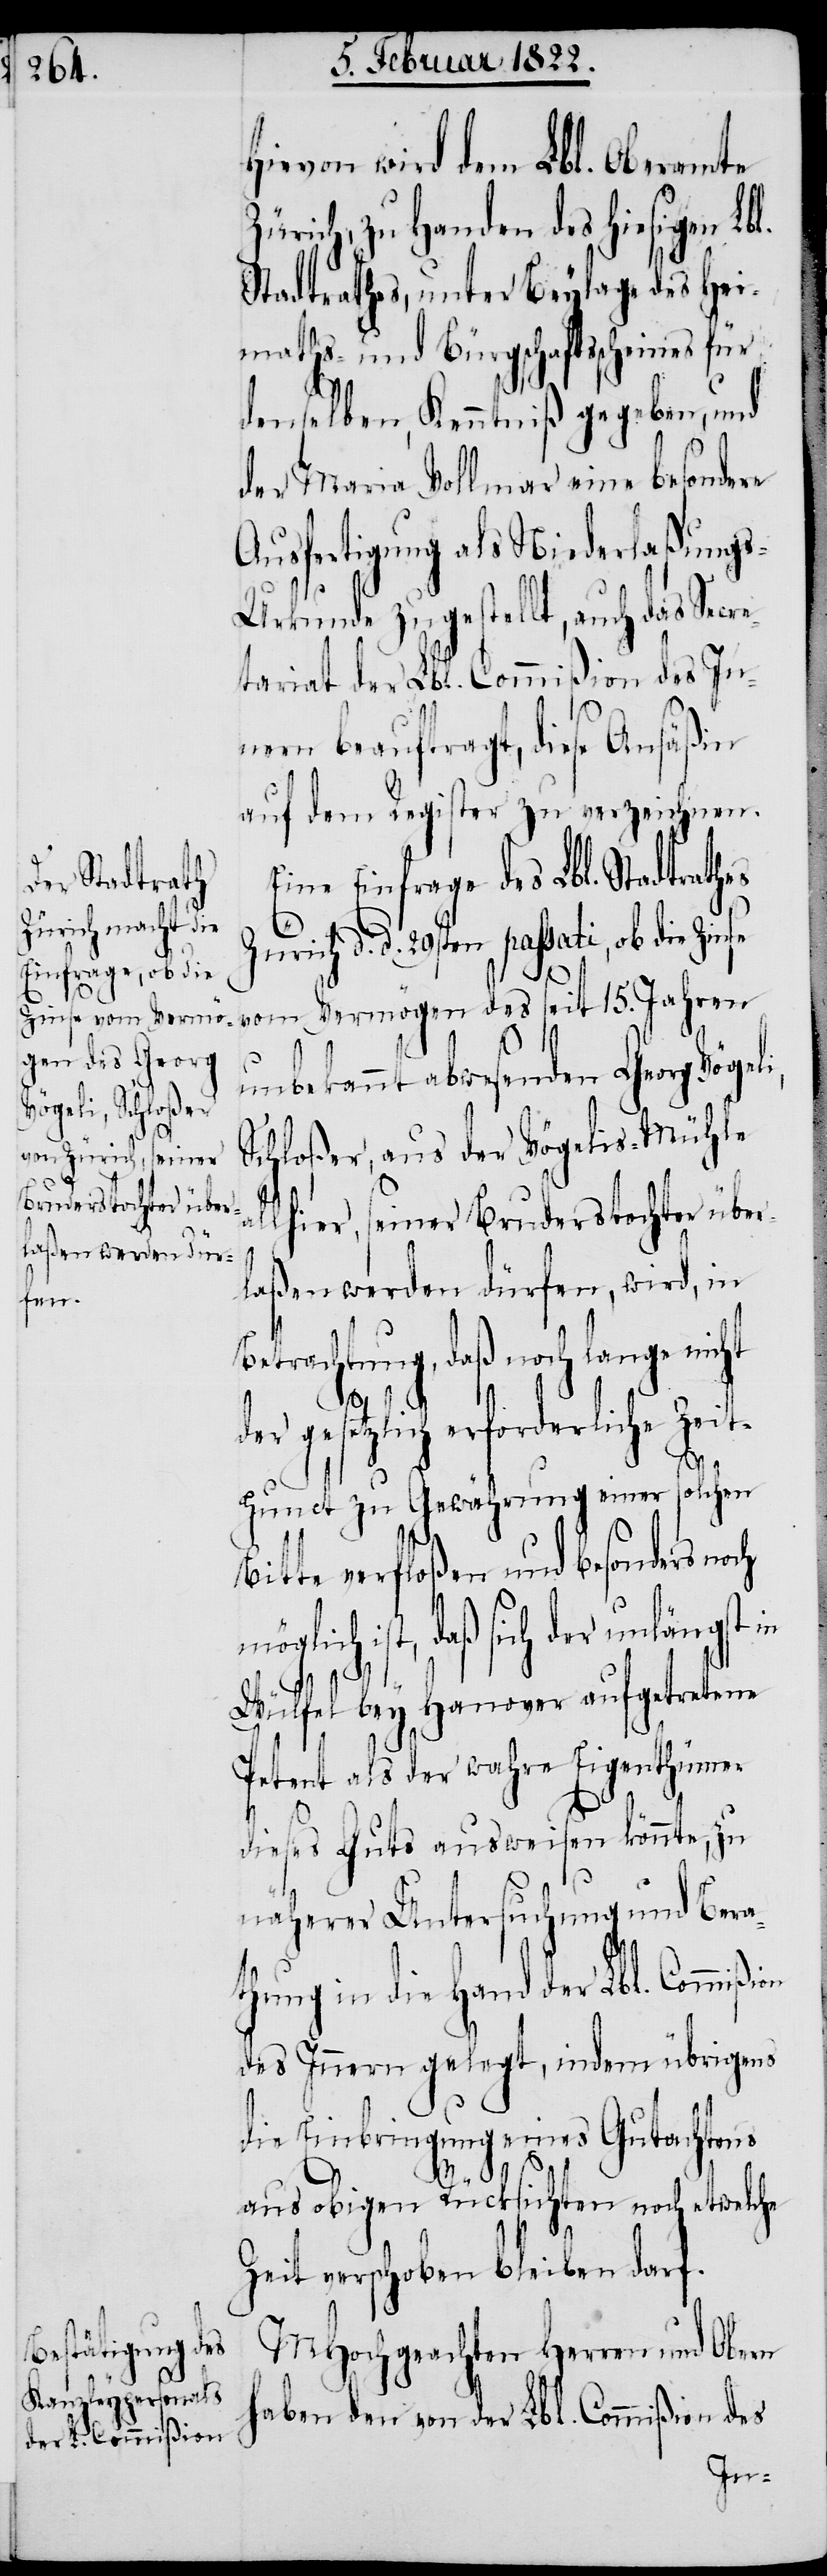
i,
on

Hievon wird dem Lbl. Oberamte
Zürich zu Handen des hiesigen Lb¬
Stadtrathes, unter Beylage des Hei¬
maths- und Bürgschaftsscheines für
denselben, Kenntniß gegeben, und
der Maria Vollmar eine besondere
Ausfertigung als Niederlaßung¬
s-Urkunde zugestellt, auch das Secre¬
tariat der Lbl. Commißion des In¬
nern beauftragt, diese Ansäßen
auf dem Register zu verzeichnen.
Eine Einfrage des Lbl. Stadtrat¬
rich d. d. 29sten passati, ob die
vom Vermögen des seit 15. Jahren
unbekannt abwesenden Georg Vögel¬
Schloßer, aus der Vögelis-Mühle
lhier, seiner Bruderstochter über¬
laßen werden dürfen, wird, in
Betrachtung, daß noch lange nicht
setzli¬
ch erforderliche Zei¬
der ge¬
tpunct zu Gewährung einer solchen
itte verfloßen und besonders no¬
öglich ist, daß sich der unlängst
Wülfel bey Hanover aufgetretene
Petent als der wahre Eigenthümer
diese Guts ausweisen könnte, zu
näherer Untersuchung und Bera¬
thung in die Hand der Lbl. Commißi¬
des Innern gelegt, indem übrigens
die Einbringung eines Gutachtens
m¬
aus obigen Rücksichten noch etwelche
Zeit verschoben bleiben darf.
MHochgeachten Herren und Obern
haben den von der Lbl. Commißion des